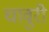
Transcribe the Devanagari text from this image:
चावुरी